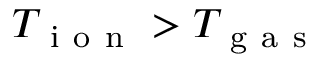
T _ { \mathrm { ~ i ~ o ~ n ~ } } > T _ { \mathrm { ~ g ~ a ~ s ~ } }